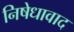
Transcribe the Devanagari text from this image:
निषेधावाद